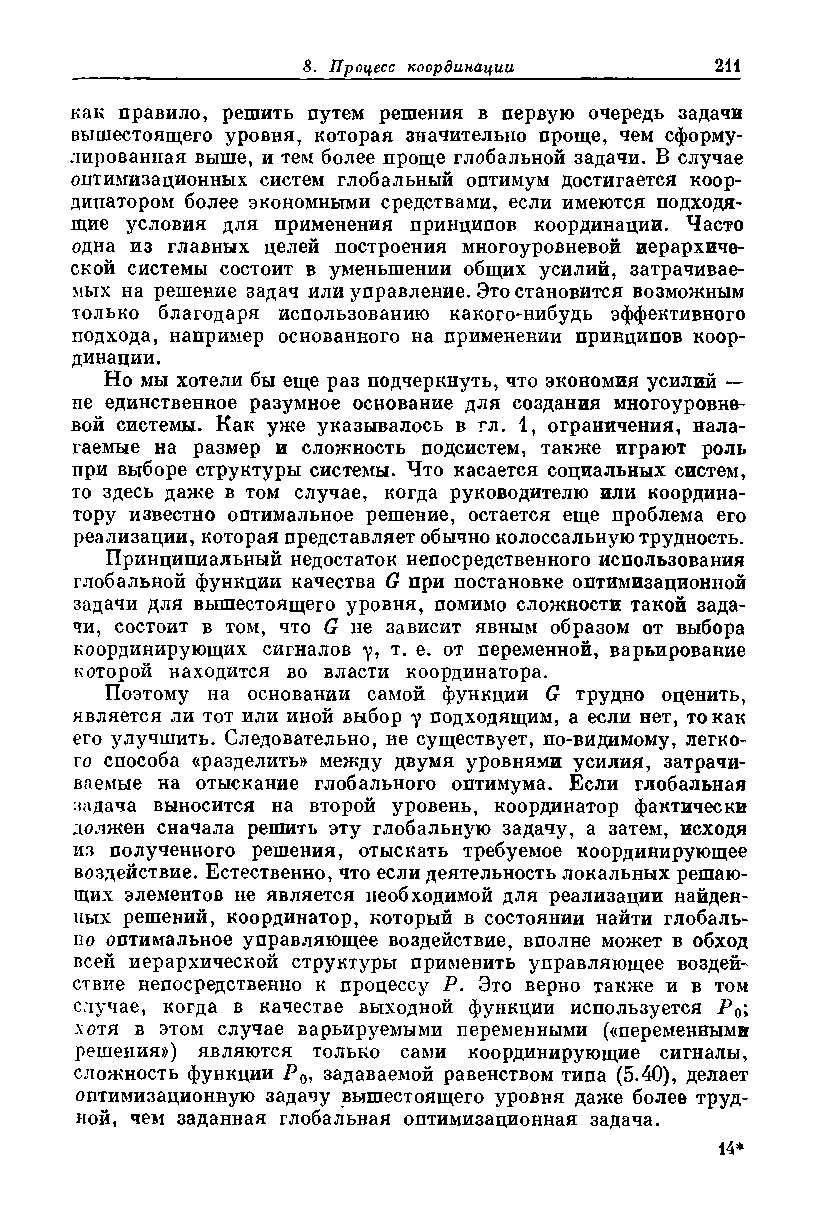
как правило, решить путем решения в первую очередь задачи
 вышестоящего уровня, которая значительно проще, чем сформу­
 лированная выше, и тем более проще глобальной задачи. В случае
 оптимизационных систем глобальный оптимум достигается коор­
 динатором более экономными средствами, если имеются подходя­
 щие условия для применения принципов координации. Часто
 одна из главных целей построения многоуровневой иерархиче­
 ской системы состоит в уменьшении общих усилий, затрачивае­
 мых на решение задач или управление. Это становится возможным
 только благодаря использованию какого-нибудь эффективного
 подхода, например основанного на применении принципов коор­
 динации.
 Но мы хотели бы еще раз подчеркнуть, что экономия усилий —
 не единственное разумное основание для создания многоуровне­
 вой системы. Как уже указывалось в гл. 1, ограничения, нала­
 гаемые на размер и сложность подсистем, также играют роль
 при выборе структуры системы. Что касается социальных систем,
 то здесь даже в том случае, когда руководителю или координа­
 тору известно оптимальное решение, остается еще проблема его
 реализации, которая представляет обычно колоссальную трудность.
 Принципиальный недостаток непосредственного использования
 глобальной функции качества G при постановке оптимизационной
 задачи для вышестоящего уровня, помимо сложности такой зада­
 чи, состоит в том, что G не зависит явным образом от выбора
 координирующих сигналов у, т. е. от переменной, варьирование
 которой находится во власти координатора.
 Поэтому на основании самой функции G трудно оценить,
 является ли тот или иной выбор у подходящим, а если нет, то как
 его улучшить. Следовательно, не существует, по-видимому, легко­
 го способа «разделить» между двумя уровнями усилия, затрачи­
 ваемые на отыскание глобального оптимума. Если глобальная
 задача выносится на второй уровень, координатор фактически
 должен сначала решить эту глобальную задачу, а затем, исходя
 из полученного решения, отыскать требуемое координирующее
 воздействие. Естественно, что если деятельность локальных решаю­
 щих элементов не является необходимой для реализации найден­
 ных решений, координатор, который в состоянии найти глобаль­
 но оптимальное управляющее воздействие, вполне может в обход
 всей иерархической структуры применить управляющее воздей­
 ствие непосредственно к процессу Р. Это верно также и в том
 случае, когда в качестве выходной функции используется Р0;
 хотя в этом случае варьируемыми переменными («переменными
 решения») являются только сами координирующие сигналы,
 сложность функции Р0, задаваемой равенством типа (5.40), делает
 оптимизационную задачу вышестоящего уровня даже более труд­
 ной, чем заданная глобальная оптимизационная задача.